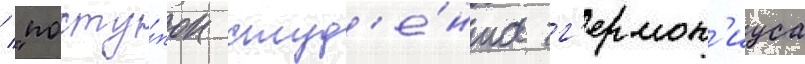
/ "посту́пок студ'е́нта г'ермон'иуса